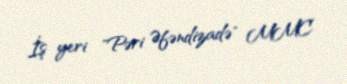
İş yeri "Pəri Əfəndizadə" MMC